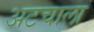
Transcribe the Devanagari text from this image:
अटचाला